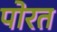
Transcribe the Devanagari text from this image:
पोरत